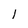
Character: 1